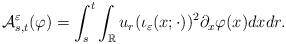
LaTeX: \begin{align*}\mathcal{A}^\varepsilon_{ s, t } (\varphi ) = \int_s^t \int_{\mathbb{R} } u_r (\iota_\varepsilon (x; \cdot) )^2 \partial_x \varphi (x ) dx dr . \end{align*}